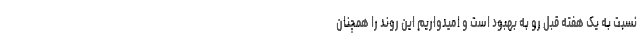
نسبت به یک هفته قبل رو به بهبود است و امیدواریم این روند را همچنان